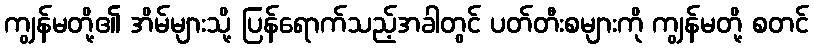
ကျွန်မတို့၏ အိမ်များသို့ ပြန်ရောက်သည့်အခါတွင် ပတ်တီးစများကို ကျွန်မတို့ စတင်